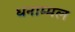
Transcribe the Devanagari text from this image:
धनाम्मल